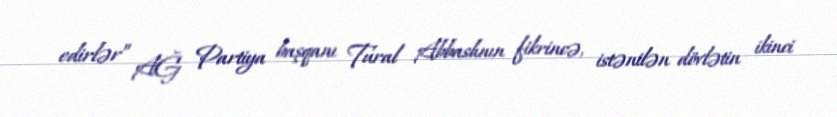
edirlər” AĞ Partiya başqanı Tural Abbaslının fikrincə, istənilən dövlətin ikinci